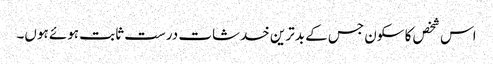
اس شخص کا سکون جس کے بدترین خدشات درست ثابت ہوئے ہوں۔